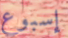
إسبوع